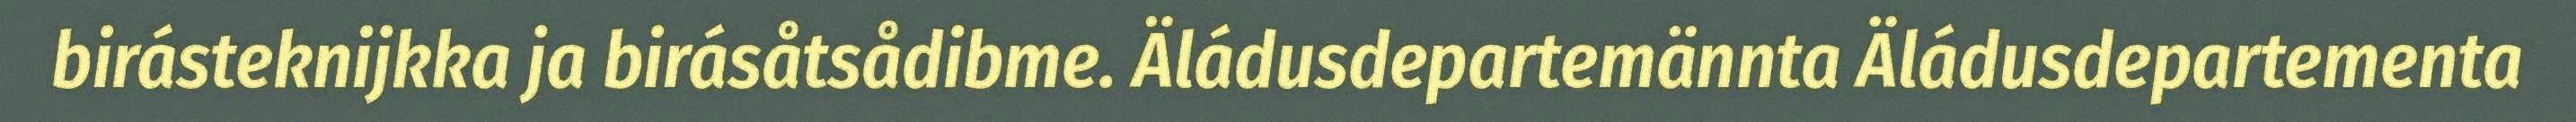
birásteknijkka ja birásåtsådibme. Äládusdepartemännta Äládusdepartementa